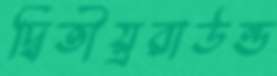
দ্বিতীয়্ররাউন্ড